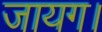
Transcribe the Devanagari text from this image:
जायग।